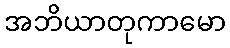
အဘိယာတုကာမော